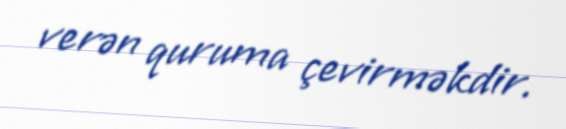
verən quruma çevirməkdir.